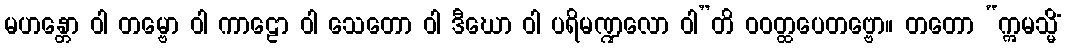
မဟန္တော ဝါ တမ္ဗော ဝါ ကာဠော ဝါ သေတော ဝါ ဒီဃော ဝါ ပရိမဏ္ဍလော ဝါ”တိ ဝဝတ္ထပေတဗ္ဗော။ တတော “ဣမသ္မိံ